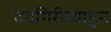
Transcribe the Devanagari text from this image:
देवगिरीच्याहुन